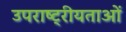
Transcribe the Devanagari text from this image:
उपराष्ट्रीयताओं